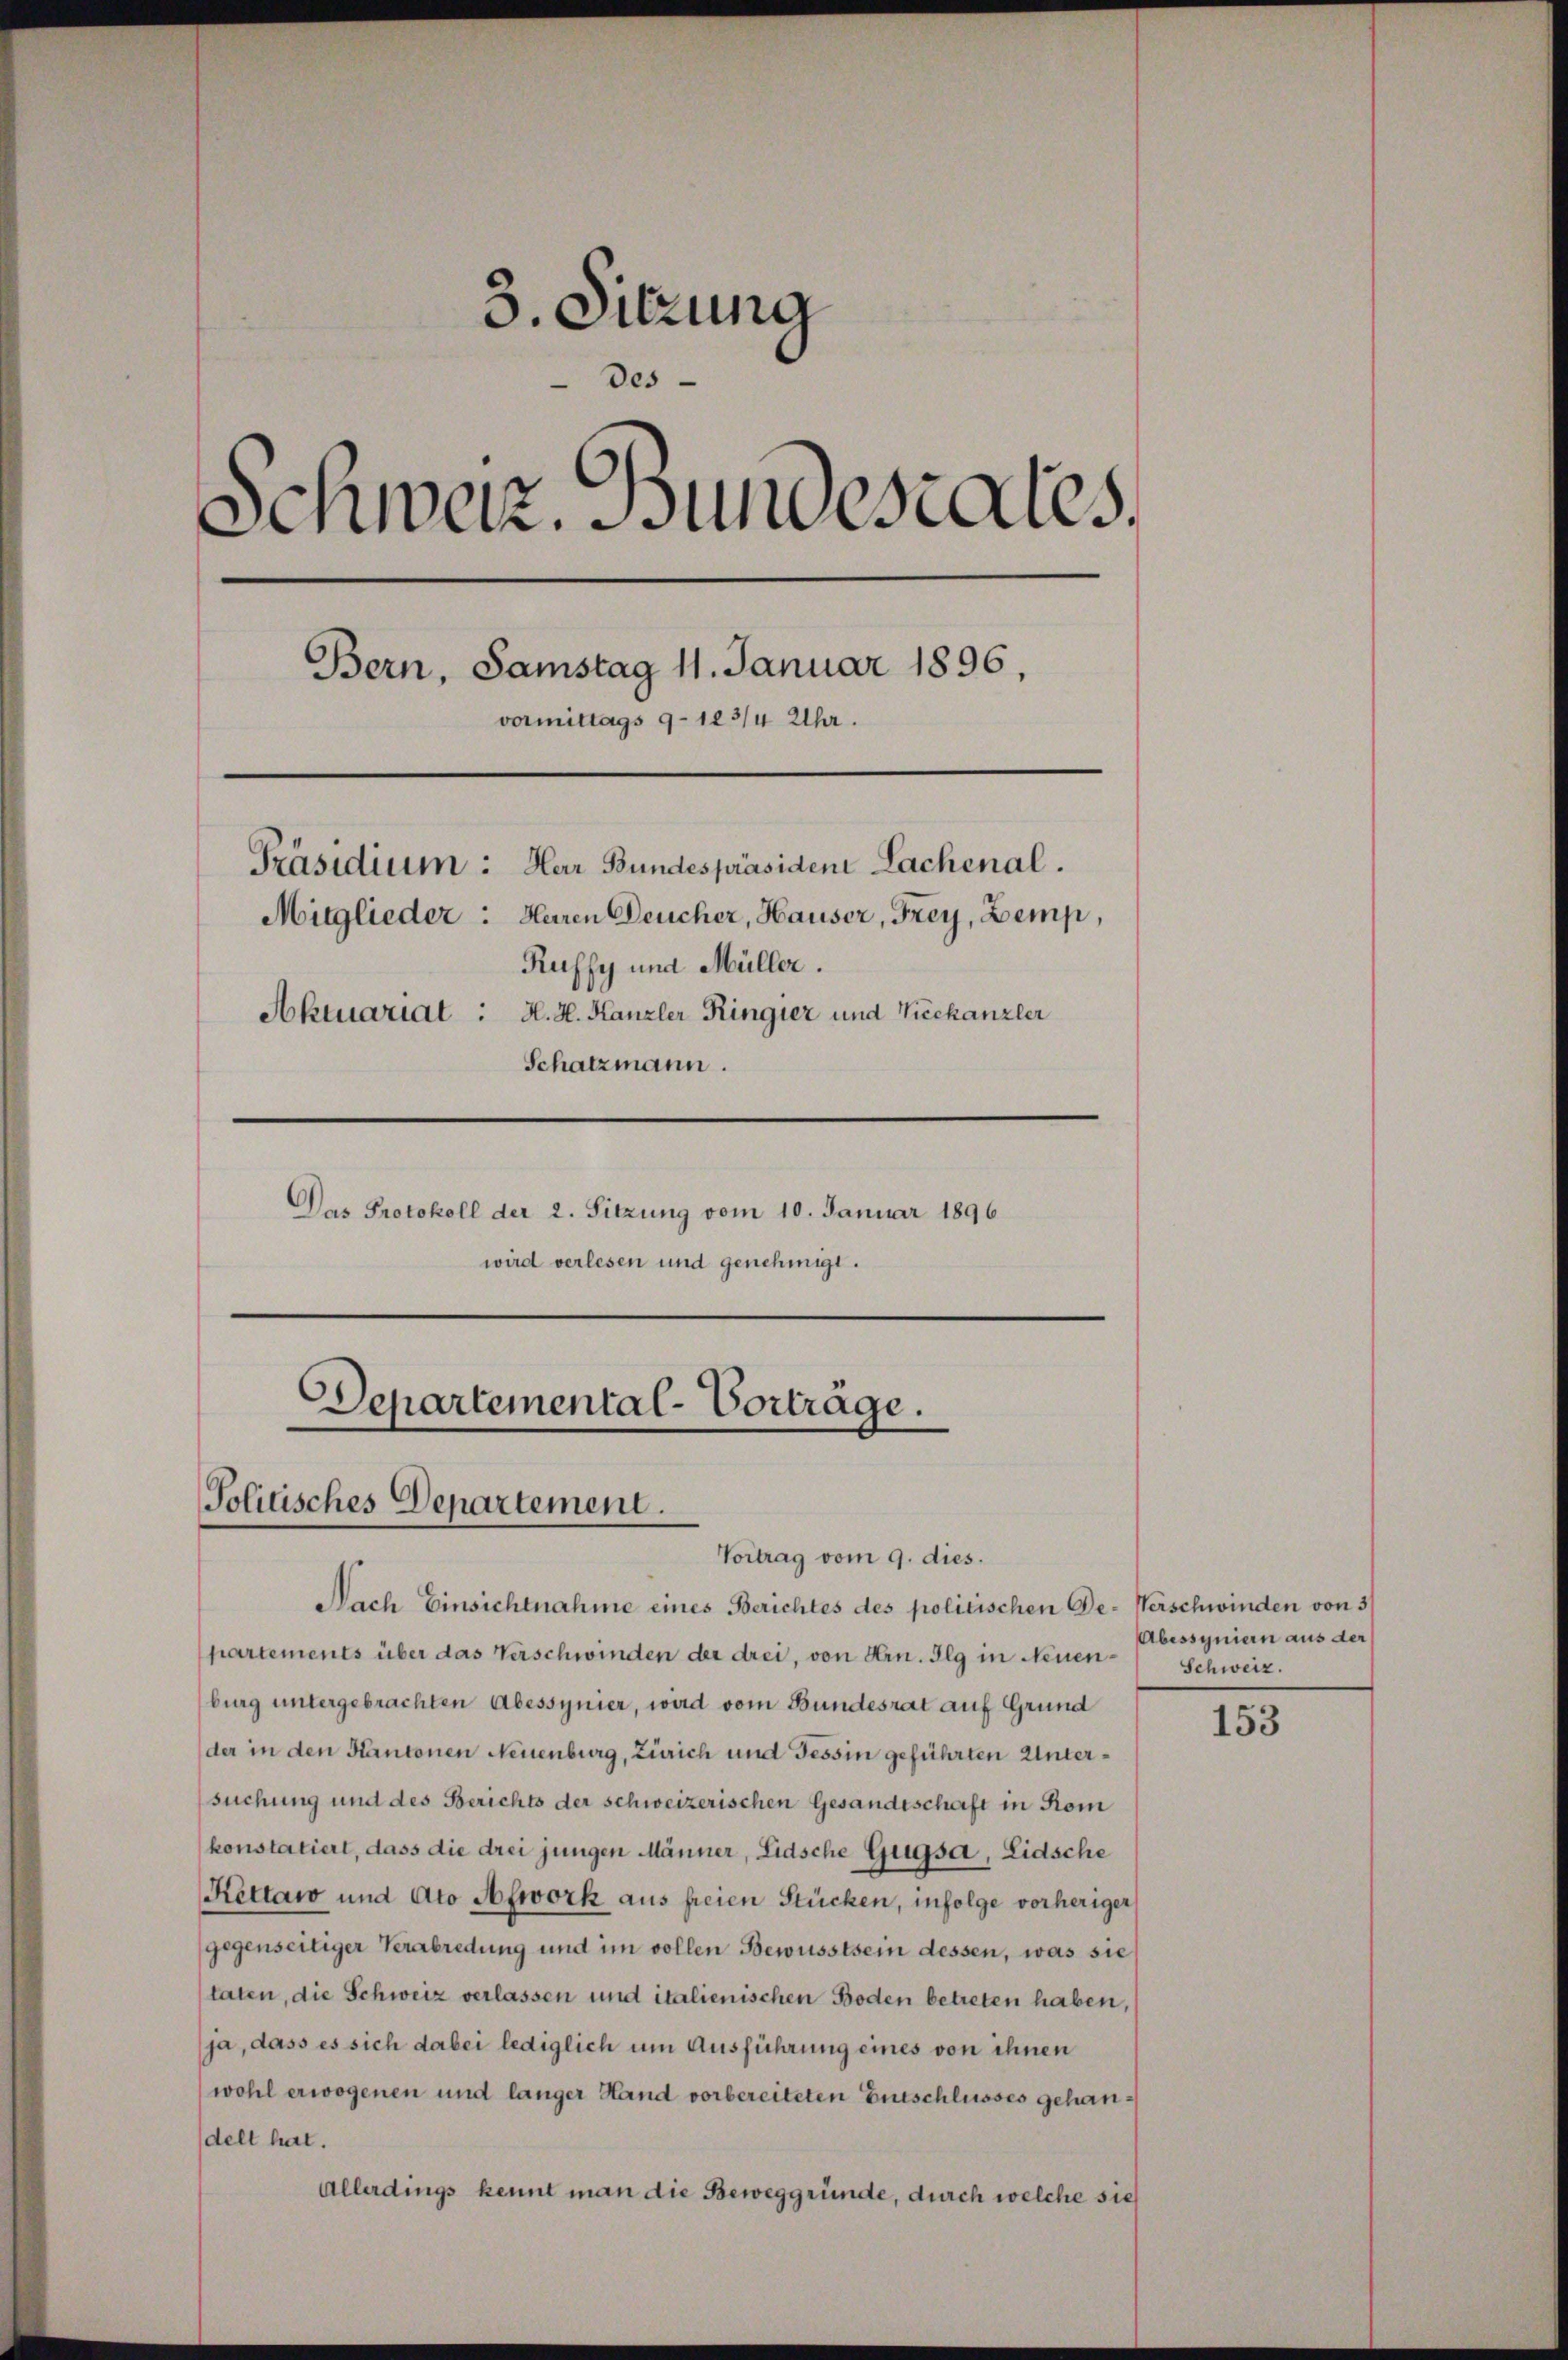
3. Sitzung
Des
Schweiz. Sundesrates.
Bern, Samstag 11. Januar 1896.
vormittags 9–123/4 Uhr.
Präsidium: Herr Bundespräsiden Lachenal.
Mitglieder: Heren Deucher, Hauser, Frey, Zemp,
Rufsy und Müller.
Aktuariat : H. H. Kanzler Ringier und Viechanzler
Schatzmann.
Das Protokoll der 2. Sitzung vom 10. Januar 1896
wird verlesen und genehmigt.

Departemental-Vorträge.
Politisches Departement.
Vortrag vom 9. dies.

Nach Einsichtnahme eines Berichtes des politischen De-Verschwinden von 3/
partements über das Verschwinden der drei, von Hrn. Ilg in Neuenburg untergebrachten Abessynier, wird vom Bundesrat auf Grund
der in den Kantonen Neuenburg, Zürich und Tessin geführten Untersuchung und des Berichts der schweizerischen Gesandtschaft in Rom
konstatiert, dass die drei jungen Männer, Lidsche Gugsa, Lidsche
Kettaw und Ato Afwork aus freien Stücken, infolge vorheriger
gegenseitiger Verabredung und im vollen Bewusstsein dessen, was sie
taten, die Schweiz verlassen und italienischen Boden betreten haben,
ja, dass es sich dabei lediglich um Ausführung eines von ihnen
(wohl erwogenen und länger Hand vorbereiteten Entschlusses gehandelt hat.
Allerdings kennt man die Beweggründe, durch welche sie

Abessyniern aus der
Schweiz.

153